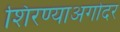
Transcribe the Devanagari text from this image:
शिरण्याअगोदर